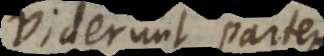
viderunt partem